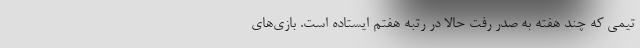
تیمی که چند هفته به صدر رفت حالا در رتبه هفتم ایستاده است. بازی‌های